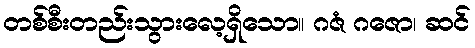
တစ်စီးတည်းသွားလေ့ရှိသော။ ဂဇံ ဂဇော၊ ဆင်